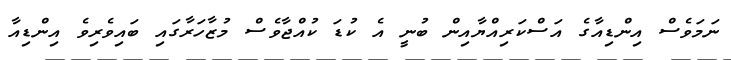
ނަމަވެސް އިންޑިއާގެ އަސްކަރިއްޔާއިން ބުނީ އެ ކުޑަ ކުއްޖާވެސް މުޒާހަރާގައި ބައިވެރިވެ އިންޑިއާ